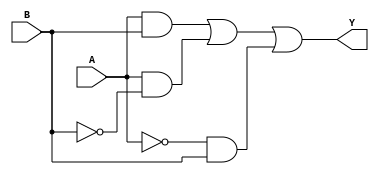
module combinational_logic (
    input wire A,    // First input
    input wire B,    // Second input
    output wire Y    // Output
);

    // Combinational logic using don't care conditions
    assign Y = (A & B) | (A & ~B) | (~A & B);

    // Alternatively, because A=1, B=0 is a don't care condition,
    // we can minimize the expression to just:
    // assign Y = B;

endmodule